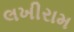
લખીરામ